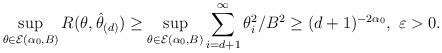
LaTeX: \begin{align*}\sup_{\theta\in\mathcal{E}(\alpha_{0},B)}R(\theta,\hat{\theta}_{(d)})\geq\sup_{\theta\in\mathcal{E}(\alpha_{0},B)}\sum_{i=d+1}^{\infty}\theta^{2}_{i}/B^2\geq (d +1 )^{-2\alpha_{0}}, \ \varepsilon>0.\end{align*}